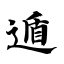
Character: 遁